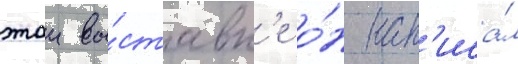
этои вы́ставк'е о́н нап'иса́л